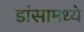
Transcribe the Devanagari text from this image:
डांसामध्ये